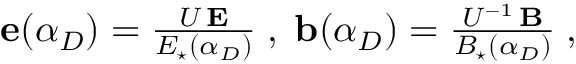
\begin{array} { r } { { \bf e } ( \alpha _ { D } ) = \frac { { \cal U } \, { \bf E } } { E _ { \star } ( \alpha _ { D } ) } \; , \; { \bf b } ( \alpha _ { D } ) = \frac { { \cal U } ^ { - 1 } \, { \bf B } } { B _ { \star } ( \alpha _ { D } ) } \; , } \end{array}